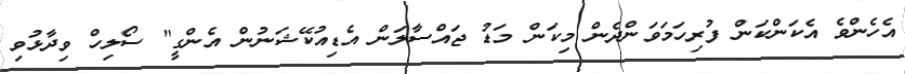
އެހެންވެ އެކަންކަން ފުރިހަމަވަންދެން މިކަން މަޑު ޖައްސާލަން އެޑިއުކޭޝަނުން އެންގީ" ސޯލިހް ވިދާޅުވި